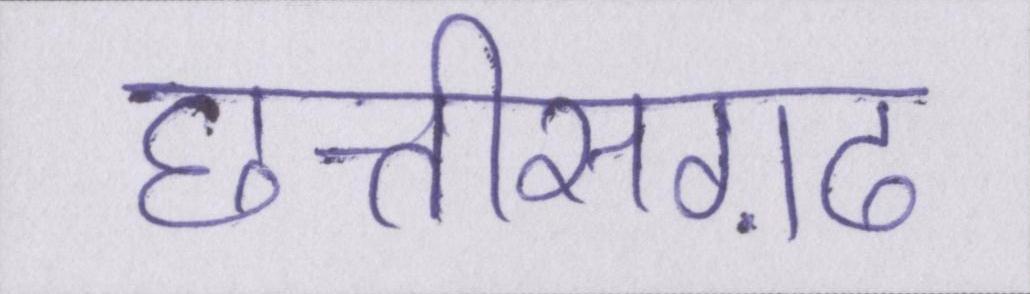
छत्तीसग़ढ